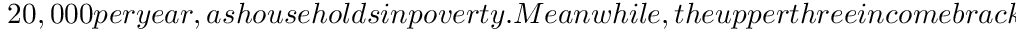
2 0 , 0 0 0 p e r y e a r , a s h o u s e h o l d s i n p o v e r t y . M e a n w h i l e , t h e u p p e r t h r e e i n c o m e b r a c k e t s i n d i c a t e a f f l u e n t h o u s e h o l d s , w h i c h e a r n m o r e t h a n \ 1 2 5 , 0 0 0 p e r y e a r . W e d e f i n e t h e s e b r a c k e t s a s h i g h i n c o m e h o u s e h o l d s . M i d d l e c l a s s h o u s e h o l d s a r e r e f l e c t e d b y t h e m i d d l e 1 0 i n c o m e b r a c k e t s . T h u s , w e c a n c a t e g o r i s e e a c h o f t h e 1 6 i n c o m e b r a c k e t s i n t o 3 i n c o m e c l a s s e s : l o w - i n c o m e , m i d d l e - i n c o m e , a n d h i g h - i n c o m e . U s i n g t h e s e c u t o f f s t o d e f i n e i n c o m e c l a s s e s i s c o m m o n p r a c t i c e w h e n m e a s u r i n g I C E a t t h e C B G - l e v e l . H o w e v e r , S e c t i o n i n t h e S u p p l e m e n t a r y M a t e r i a l s c o n v e y s h o w I C E d i s t r i b u t i o n s w o u l d c h a n g e w i t h i n e a c h c i t y i f w e w e r e t o s h i f t t h e s e i n c o m e - b r a c k e t c u t o f f s . W i t h t h i s i n m i n d , w e d e f i n e